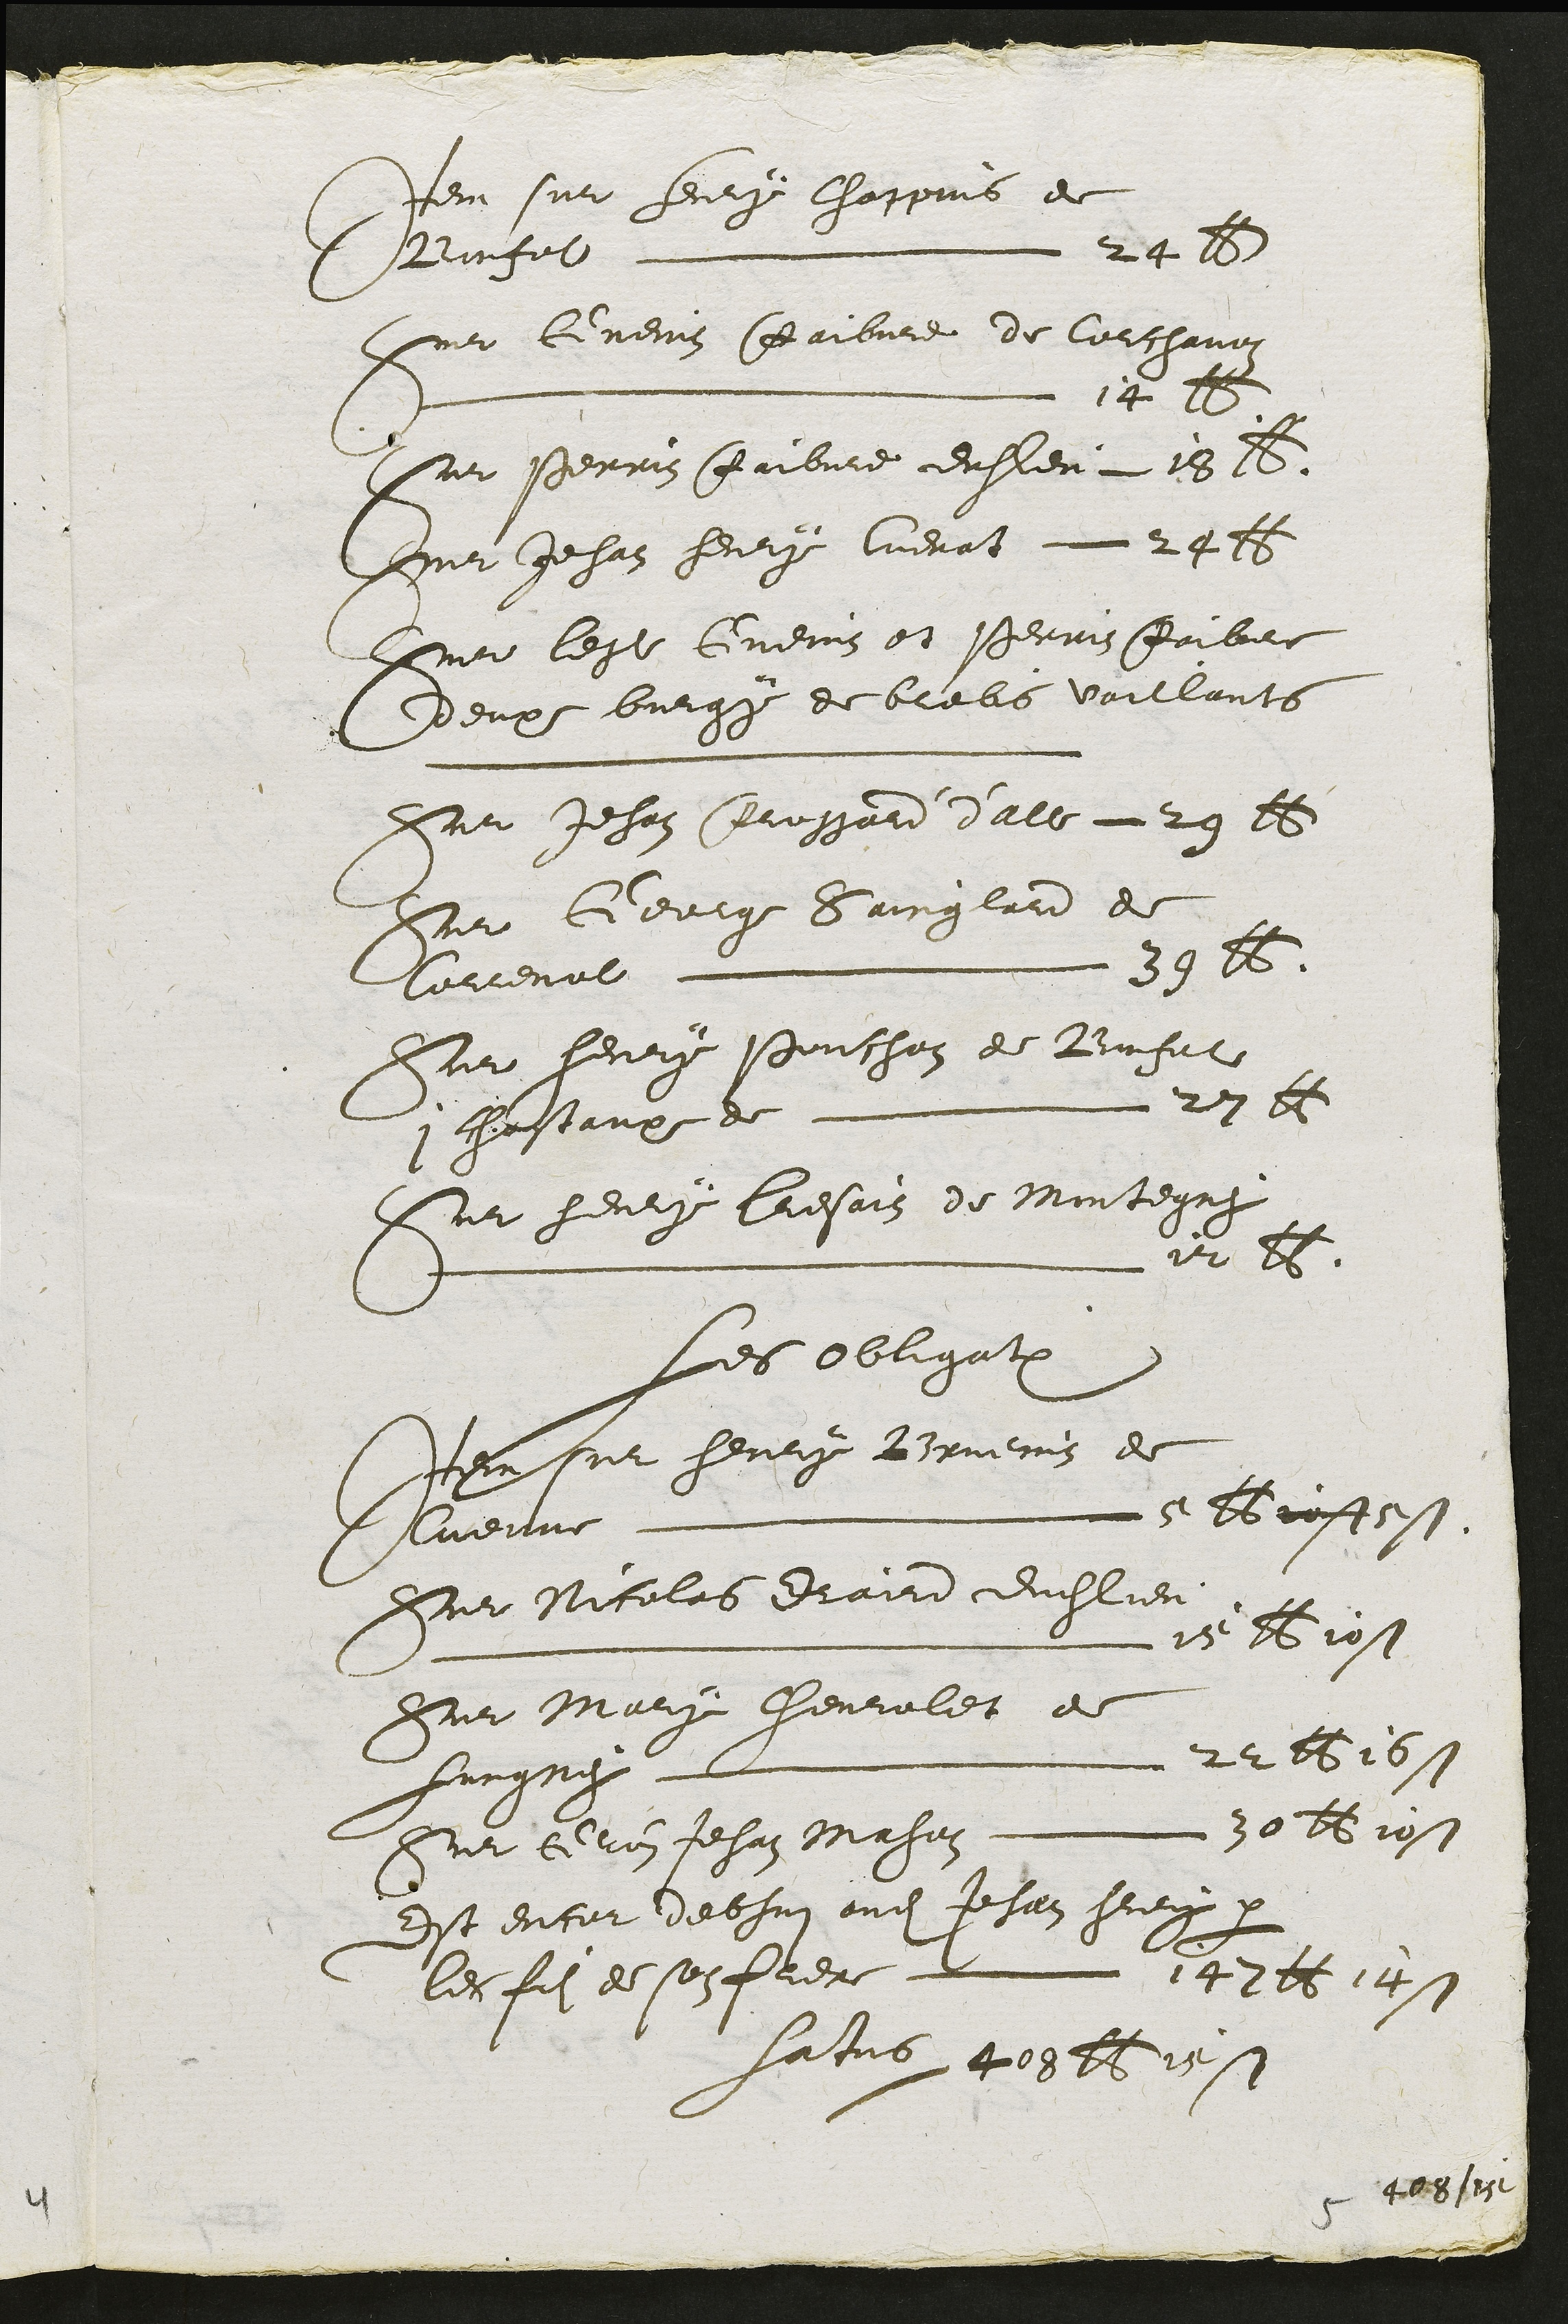
vem sur huy chappis de
Vinfet  Et
L Guemin Gaibiee de Cauthavri
Io  2se
Le herrin Aubme dithieu les 2
Douehat herg Cueratvt
Que legt Guems et Perrez Gaibi
Dempe bienge de brels voillants
di Jehan Aimgatd Sall 24 15
Nu Geug Saingland de
Leeval  28
D hereig Cathaz de Bauhat
chascarpe de L 21 e
Li heulx Gesailz de Monstegue
L 2 2
les olligat
Jecassue heuliy Brnemez de
Ilueitne ue Bboffosi.
Lu Nnfolas diand dichlier
L Le 16iost
See Meug hheviolet de
faresses mee 22 66 16s1
Sue lenin Jehan Mahen 0  tos
Est encur deehin audit Jehan heeg par
lecfil de sorpiere eu Cg2ts 11s
hatus gageiest
gers

408 / 15

2